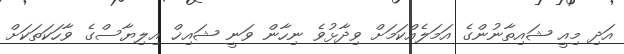
އަދި މިއީ ޝައިތާނުންގެ އަމަލެއްކަމަށް ވިދާޅުވެ ނިހާން ވަނީ ޝައިޚް އިލިޔާސްގެ ވާހަކަތަކަށް